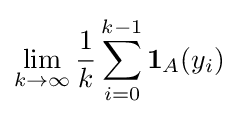
\lim _{k\rightarrow \infty }{\frac {1}{k}}\sum _{i=0}^{k-1}\mathbf {1} _{A}(y_{i})